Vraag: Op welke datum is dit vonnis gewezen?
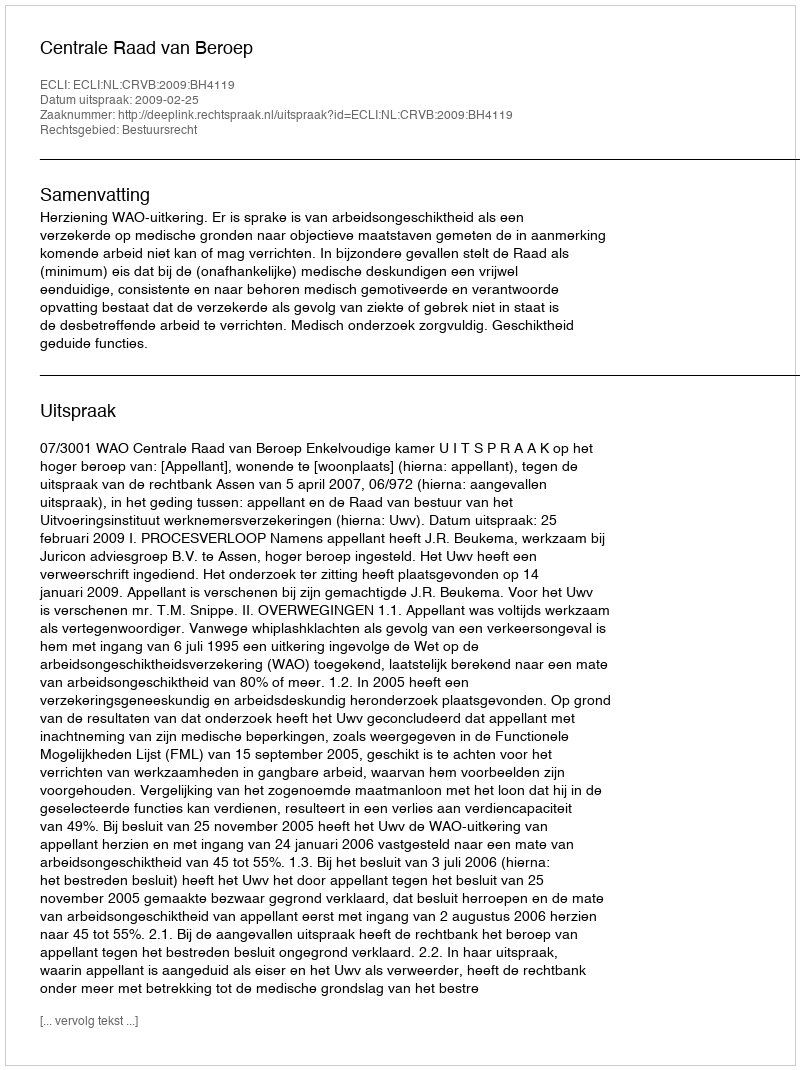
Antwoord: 2009-02-25